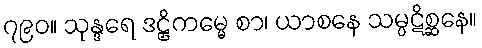
၇၉၀။ သုန္ဒရေ ဒဠှိကမ္မေ စာ၊ ယာစနေ သမ္ပဋိစ္ဆနေ။